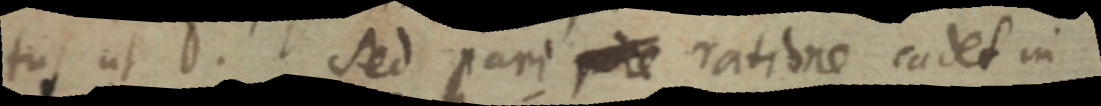
tu ut D. Sed pari pre ratione cadet in